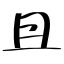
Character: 且